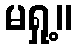
မရှု့။